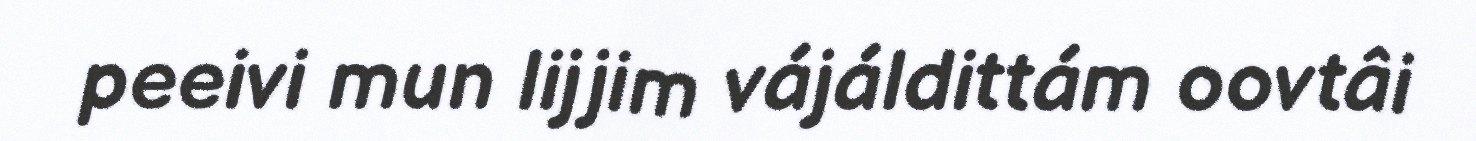
peeivi mun lijjim vájáldittám oovtâi